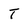
Character: T